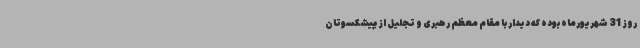
روز 31 شهریورماه بوده که دیدار با مقام معظم رهبری و تجلیل از پیشکسوتان